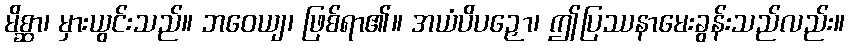
မိစ္ဆာ၊ မှားယွင်းသည်။ ဘဝေယျ၊ ဖြစ်ရာ၏။ အယံပိပဉှော၊ ဤပြဿနာမေးခွန်းသည်လည်း။